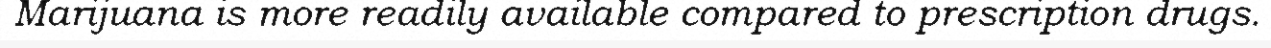
Marijuana is more readily available compared to prescription drugs.